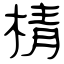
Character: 棈